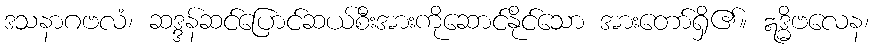
ဒသနာဂဗလံ၊ ဆဒ္ဒန်ဆင်ပြောင်ဆယ်စီးအားကိုဆောင်နိုင်သော အားတော်ရှိ၏။ ဣဒ္ဓိဗလေန၊